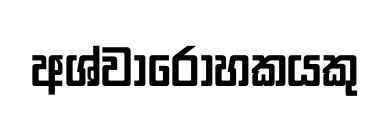
අශ්වාරෝහකයකු